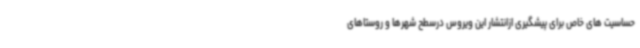
حساسیت های خاص برای پیشگیری ازانتشار این ویروس درسطح شهرها و روستاهای